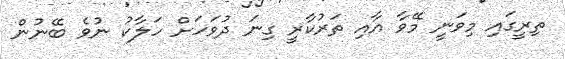
ތިރީގައި މިވަނީ މޭވާ އާއި ތަރުކާރީ ގިނަ ދުވަހަށް ހަލާކު ނުވެ ބޭނުން